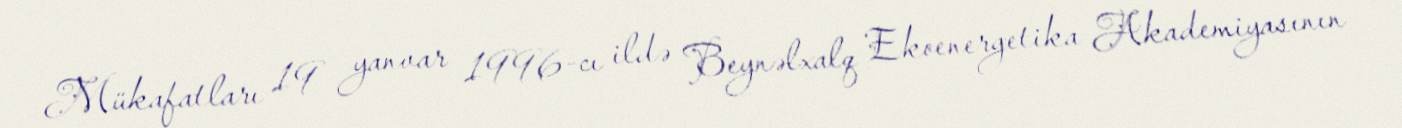
Mükafatları 19 yanvar 1996-cı ildə Beynəlxalq Ekoenergetika Akademiyasının